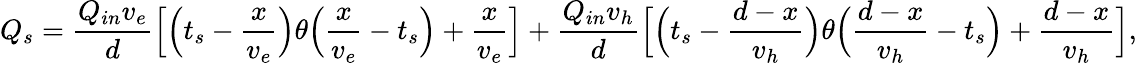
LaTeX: Q_{s}=\frac{Q_{in}v_{e}}{d}\Big[\Big(t_{s}-\frac{x}{v_{e}}\Big)\theta\Big(\frac{x}{v_{e}}-t_{s}\Big)+\frac{x}{v_{e}}\Big]+\frac{Q_{in}v_{h}}{d}\Big[\Big(t_{s}-\frac{d-x}{v_{h}}\Big)\theta\Big(\frac{d-x}{v_{h}}-t_{s}\Big)+\frac{d-x}{v_{h}}\Big],